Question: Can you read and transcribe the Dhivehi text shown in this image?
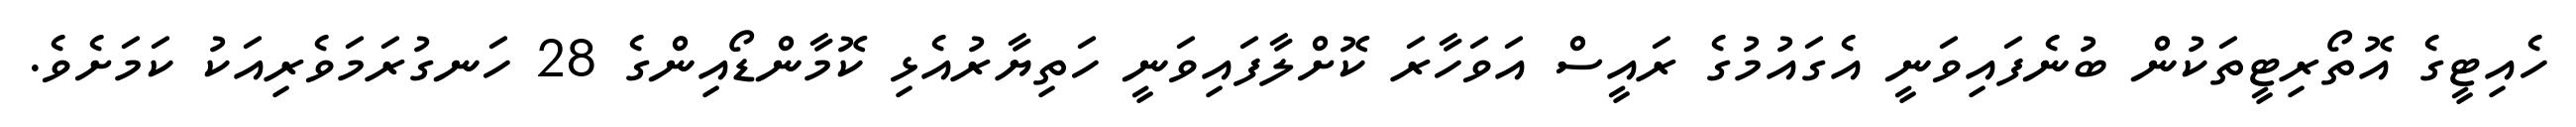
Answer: ހެއިޓީގެ އޮތޯރިޓީތަކުން ބުނެފައިވަނީ އެގައުމުގެ ރައީސް އަވަހާރަ ކޮށްލާފައިވަނީ ހަތިޔާރުއެޅި ކޮމާންޑޯއިންގެ 28 ހަނގުރަމަވެރިއަކު ކަމަށެވެ.